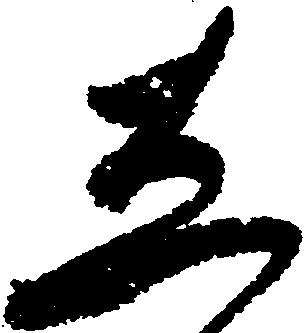
し